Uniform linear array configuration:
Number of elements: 24
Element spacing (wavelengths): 0.25
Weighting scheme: kaiser
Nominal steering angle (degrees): -30
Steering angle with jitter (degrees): -30.091
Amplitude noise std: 0.05
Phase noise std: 0.05

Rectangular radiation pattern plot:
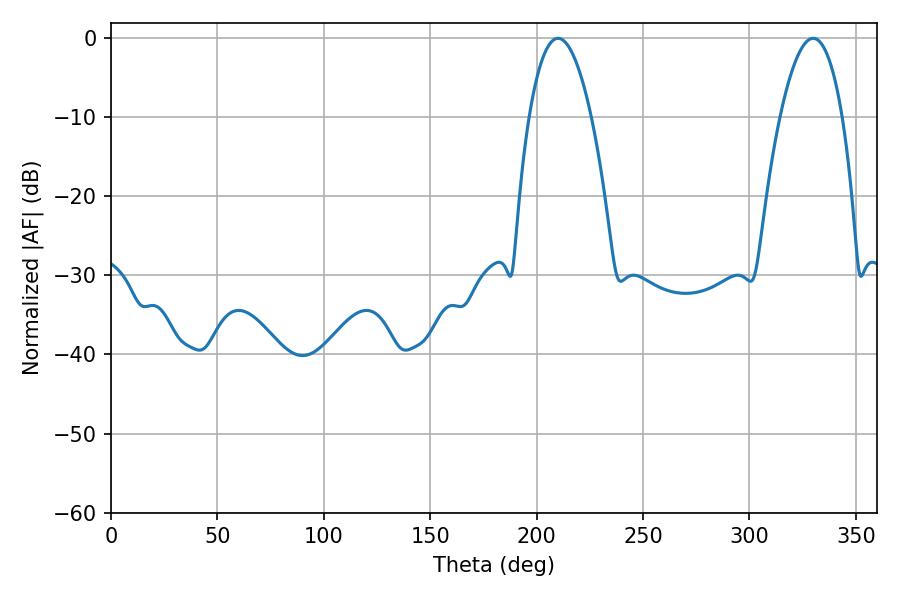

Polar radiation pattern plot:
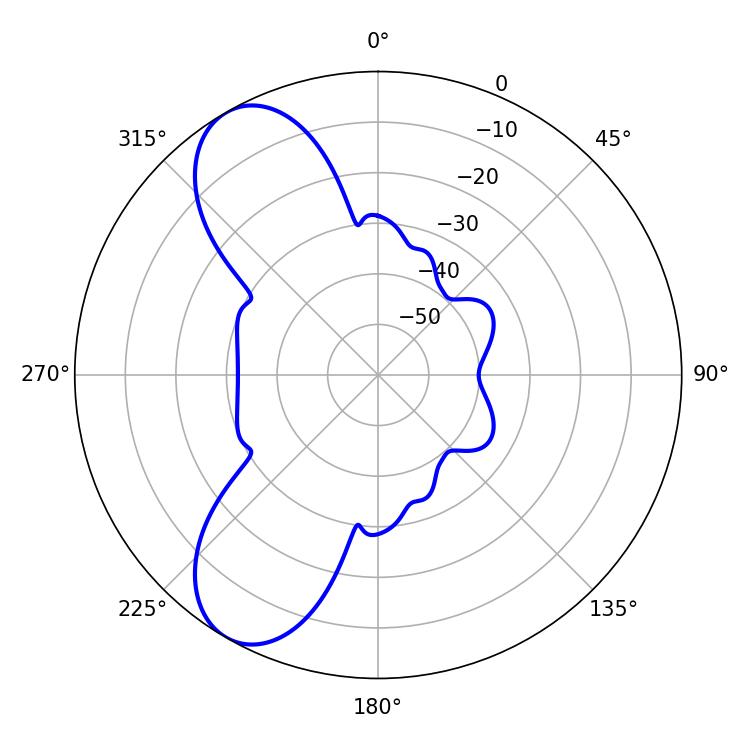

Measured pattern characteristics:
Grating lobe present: FALSE
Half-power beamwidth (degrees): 16.2
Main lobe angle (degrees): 210.06